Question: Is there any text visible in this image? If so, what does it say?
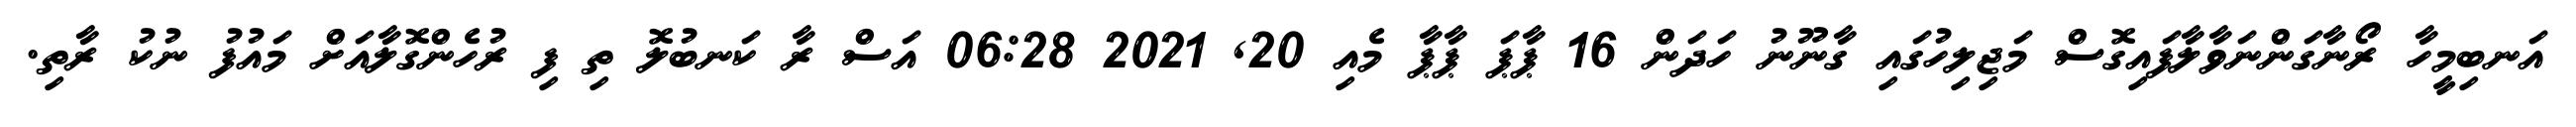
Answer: އަނބިމީހާ ރޯނާގަންނަވާލާފައިގޮސް މަޖިލިހުގައި ގާނޫނު ހަދަން 16 ޕާޕަ ޕާޕާ މެއި 20, 2021 06:28 އަސް ރާ ކަނބުލޮ ތި ފި ރުހެންގޮލާއަށް މައުފު ނުކު ރާތި.